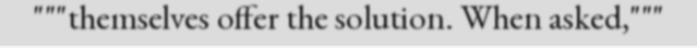
"""themselves offer the solution. When asked,"""